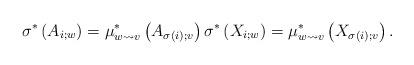
LaTeX: \begin{align*}\sigma^*\left(A_{i;w}\right)=\mu_{w\rightsquigarrow v}^*\left(A_{\sigma(i);v}\right) \sigma^*\left(X_{i;w}\right)=\mu_{w\rightsquigarrow v}^*\left(X_{\sigma(i);v}\right).\end{align*}